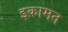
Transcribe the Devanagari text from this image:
इक़ामत